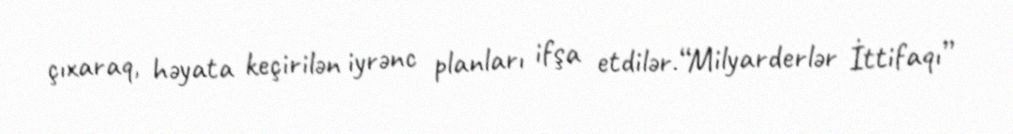
çıxaraq, həyata keçirilən iyrənc planları ifşa etdilər.“Milyarderlər İttifaqı”